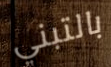
بالتبني